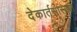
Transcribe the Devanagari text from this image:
देकार्तसारख्या